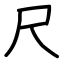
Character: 尺